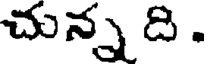
చున్న ది .